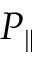
P _ { \| }